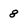
Character: 8